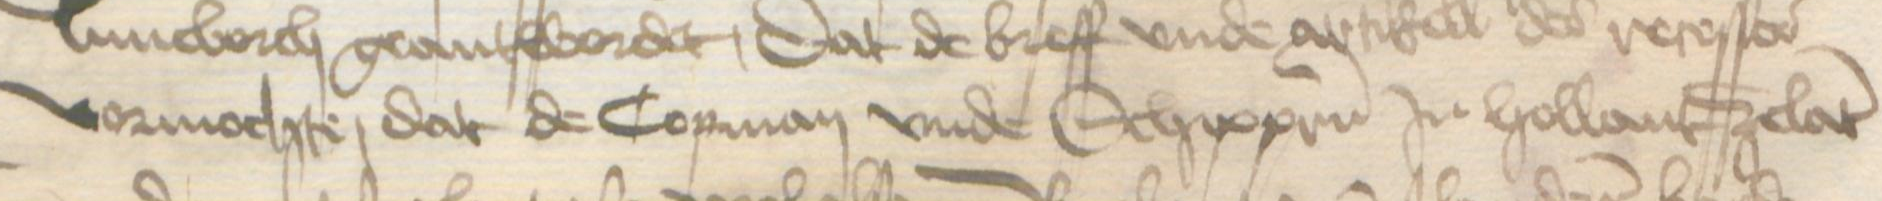
vormochte, dat de Copman vnde Schippern in Hollant Zelant